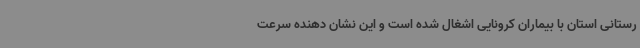
رستانی استان با بیماران کرونایی اشغال شده است و این نشان دهنده سرعت